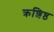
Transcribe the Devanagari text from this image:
क्रशिष्ठ